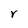
Character: r